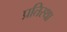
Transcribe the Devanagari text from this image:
प्रतिस्था